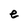
Character: e